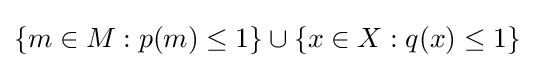
\{m\in M:p(m)\leq 1\}\cup \{x\in X:q(x)\leq 1\}